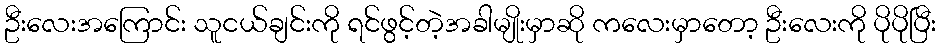
ဦးလေးအကြောင်း သူငယ်ချင်းကို ရင်ဖွင့်တဲ့အခါမျိုးမှာဆို ကလေးမှာတော့ ဦးလေးကို ပိုပိုပြီး